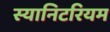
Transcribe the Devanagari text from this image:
स्यानिटरियम